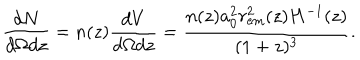
\frac { d N } { d \Omega d z } = n ( z ) \frac { d V } { d \Omega d z } = \frac { n ( z ) a _ { 0 } ^ { 2 } r _ { \mathrm { e m } } ^ { 2 } ( z ) H ^ { - 1 } ( z ) } { ( 1 + z ) ^ { 3 } } .